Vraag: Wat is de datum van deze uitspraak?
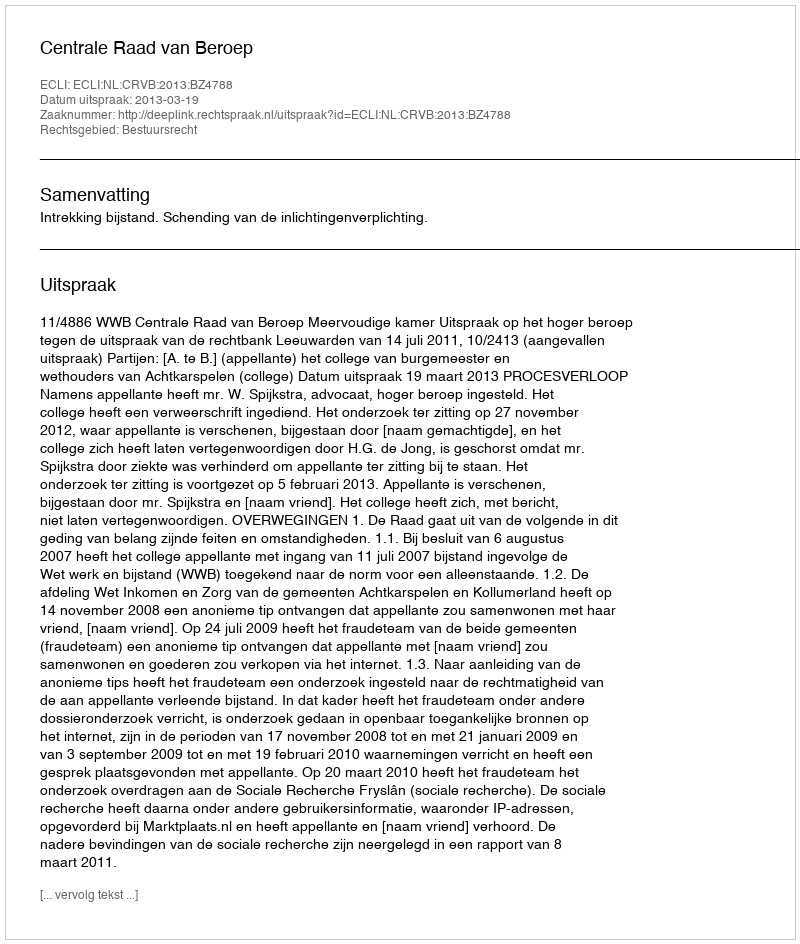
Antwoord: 2013-03-19